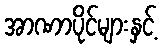
အာဏာပိုင်များနှင့်